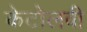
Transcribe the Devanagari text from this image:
केटोलवी